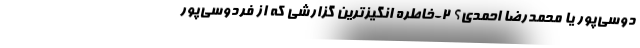
دوسی‌پور یا محمدرضا احمدی؟ 2-خاطره انگیزترین گزارشی که از فردوسی‌پور